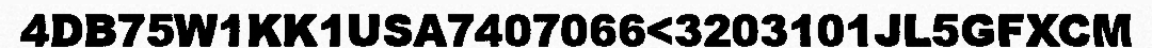
4DB75W1KK1USA7407066<3203101JL5GFXCM